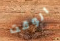
الوقت